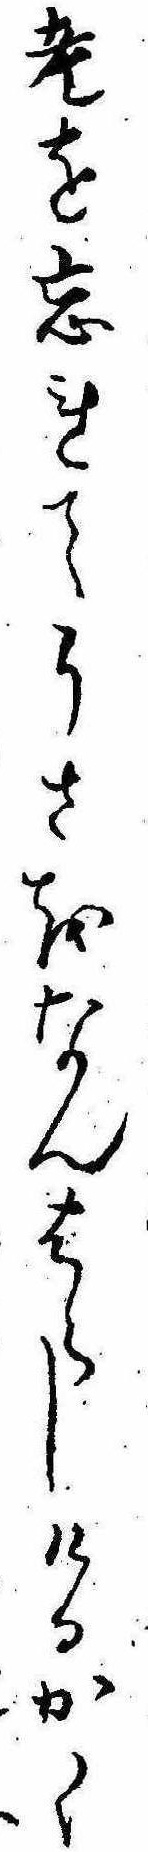
老を忘れてうさをなんはらしけるかく